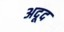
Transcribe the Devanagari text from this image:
अदूद